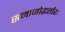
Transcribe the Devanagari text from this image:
समाजोद्धर्तारः